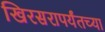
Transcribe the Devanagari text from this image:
खिरसरापर्यंतच्या